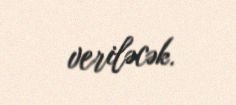
veriləcək.